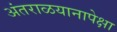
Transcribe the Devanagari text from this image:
अंतराळयानापेक्षा